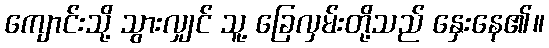
ကျောင်းသို့ သွားလျှင် သူ့ ခြေလှမ်းတို့သည် နှေးနေ၏။